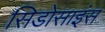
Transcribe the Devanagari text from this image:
सिडोसाइंस